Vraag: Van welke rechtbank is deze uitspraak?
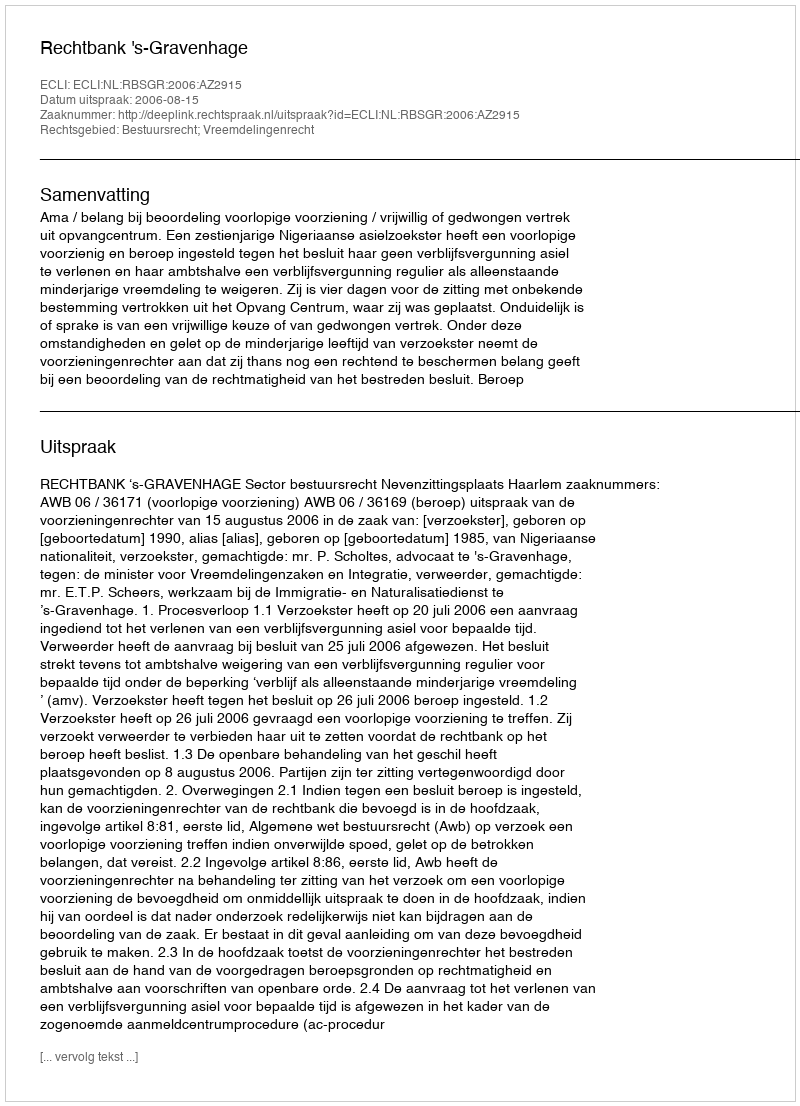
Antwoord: Rechtbank 's-Gravenhage